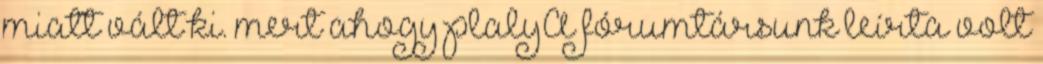
miatt vált ki. mert ahogy plalyA fórumtársunk leírta volt